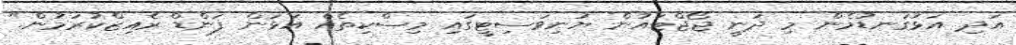
އަދި އަޅުގަނޑުމެން މި ދަނީ ޖޯޖްޓައުން ޔުނިވަސިޓީގައި މިސްކިތެއް އަޅަން ފަންޑް ރެއިޒްކުރަމުން."